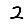
Digit: 2